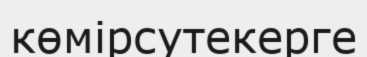
көмірсутекерге